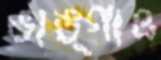
ভাঙ্গাও